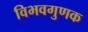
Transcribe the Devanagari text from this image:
विभवगुणक